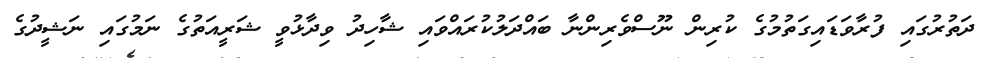
ދަތުރުގައި ފުރާވަޑައިގަތުމުގެ ކުރިން ނޫސްވެރިންނާ ބައްދަލުކުރައްވައި ޝާހިދު ވިދާޅުވީ ޝަރީއަތުގެ ނަމުގައި ނަޝީދުގެ